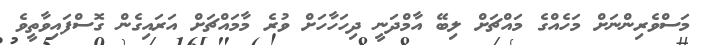
މަސްވެރިންނަށް މަހެއްގެ މައްޗަށް ލިބޭ އާމްދަނީ ދިހަހާހަށް ވުރެ މާމައްޗަށް އަރައިގެން ގޮސްފައިވާތީވެ